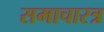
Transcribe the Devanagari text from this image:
समाचारत्र